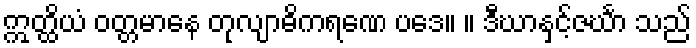
ဣတ္ထိယံ ဝတ္တမာနေ တုလျာဓိကရဏေ ပဒေ။ ။ ဒီဃာနှင့်ဇင်္ဃာ သည်